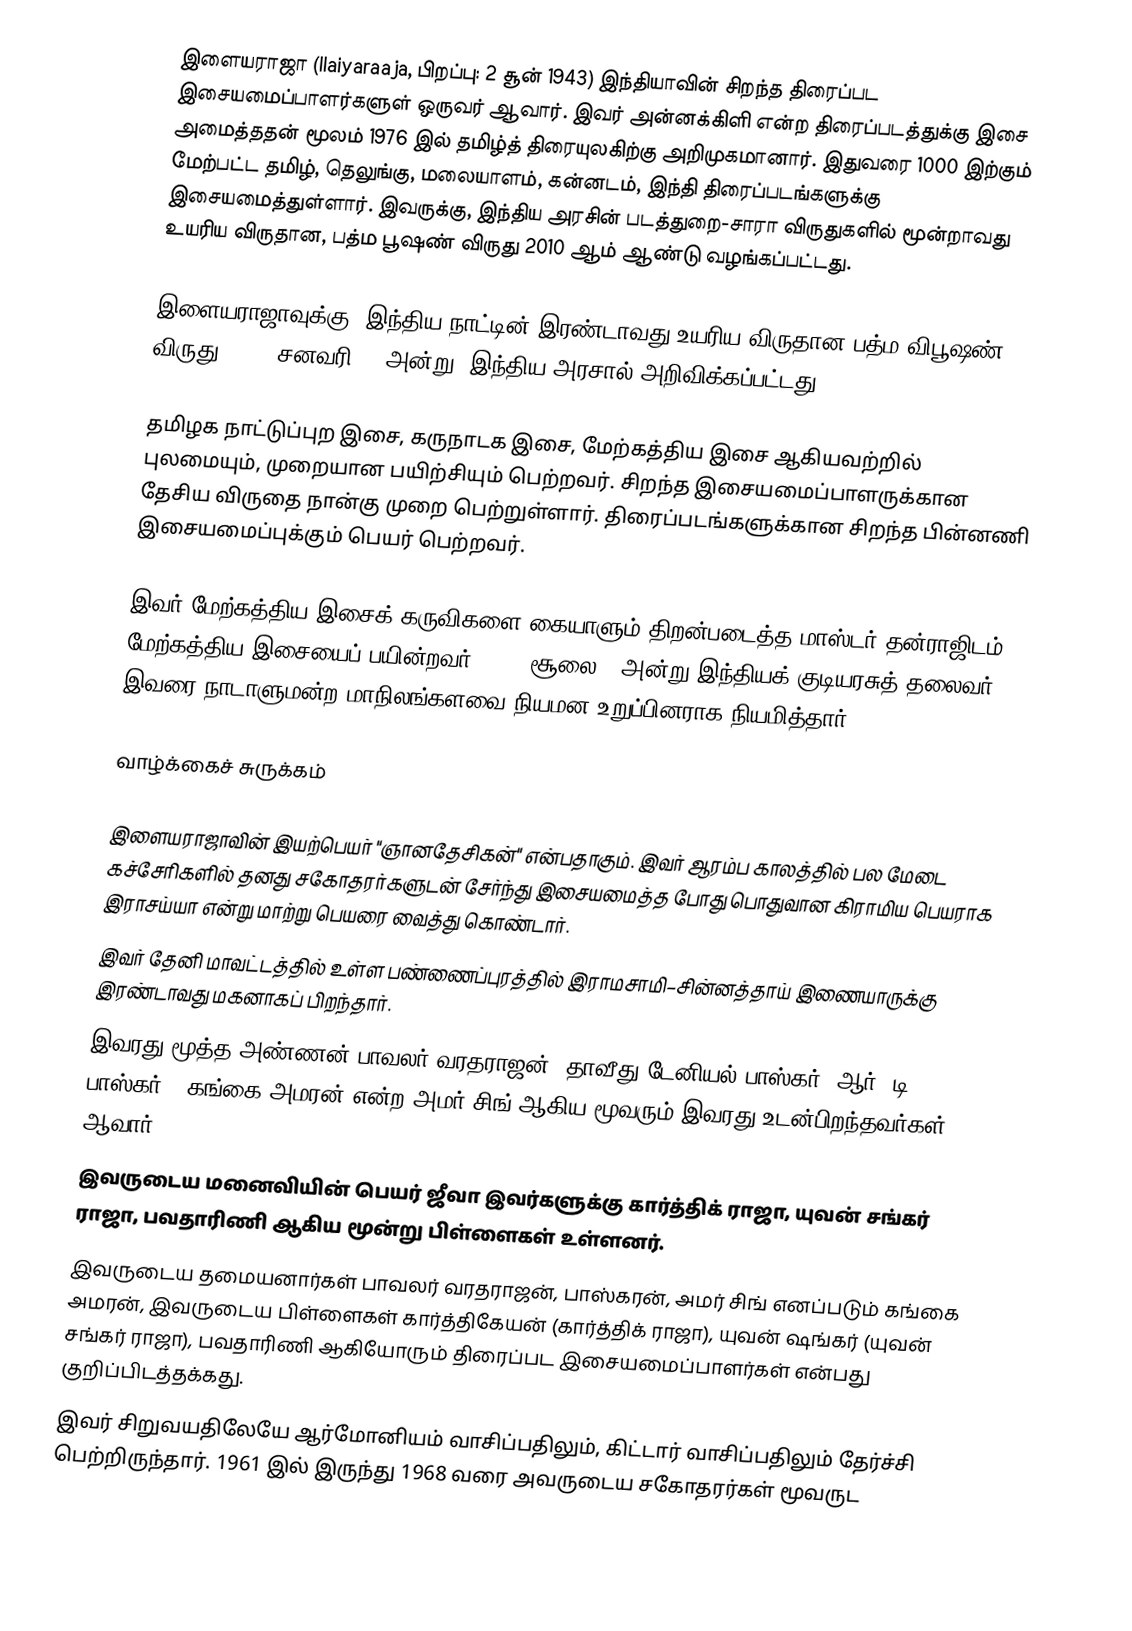
இளையராஜா (Ilaiyaraaja, பிறப்பு: 2 சூன் 1943) இந்தியாவின் சிறந்த திரைப்பட இசையமைப்பாளர்களுள் ஒருவர் ஆவார். இவர் அன்னக்கிளி என்ற திரைப்படத்துக்கு இசை அமைத்ததன் மூலம் 1976 இல் தமிழ்த் திரையுலகிற்கு அறிமுகமானார். இதுவரை 1000 இற்கும் மேற்பட்ட தமிழ், தெலுங்கு, மலையாளம், கன்னடம், இந்தி திரைப்படங்களுக்கு இசையமைத்துள்ளார். இவருக்கு, இந்திய அரசின் படத்துறை-சாரா விருதுகளில் மூன்றாவது உயரிய விருதான, பத்ம பூஷண் விருது 2010 ஆம் ஆண்டு வழங்கப்பட்டது.

இளையராஜாவுக்கு, இந்திய நாட்டின் இரண்டாவது உயரிய விருதான பத்ம விபூஷண் விருது, 2018 சனவரி 25 அன்று, இந்திய அரசால் அறிவிக்கப்பட்டது.

தமிழக நாட்டுப்புற இசை, கருநாடக இசை, மேற்கத்திய இசை ஆகியவற்றில் புலமையும், முறையான பயிற்சியும் பெற்றவர். சிறந்த இசையமைப்பாளருக்கான தேசிய விருதை நான்கு முறை பெற்றுள்ளார். திரைப்படங்களுக்கான சிறந்த பின்னணி இசையமைப்புக்கும் பெயர் பெற்றவர்.

இவர் மேற்கத்திய இசைக் கருவிகளை கையாளும் திறன்படைத்த மாஸ்டர் தன்ராஜிடம் மேற்கத்திய இசையைப் பயின்றவர். 2022 சூலை 6 அன்று இந்தியக் குடியரசுத் தலைவர் இவரை நாடாளுமன்ற மாநிலங்களவை நியமன உறுப்பினராக நியமித்தார்.

வாழ்க்கைச் சுருக்கம்

 இளையராஜாவின் இயற்பெயர் "ஞானதேசிகன்" என்பதாகும். இவர் ஆரம்ப காலத்தில் பல மேடை கச்சேரிகளில் தனது சகோதரர்களுடன் சேர்ந்து இசையமைத்த போது பொதுவான கிராமிய பெயராக இராசய்யா என்று மாற்று பெயரை வைத்து கொண்டார்.
 இவர் தேனி மாவட்டத்தில் உள்ள பண்ணைப்புரத்தில் இராமசாமி–சின்னத்தாய் இணையாருக்கு இரண்டாவது மகனாகப் பிறந்தார்.
 இவரது மூத்த அண்ணன் பாவலர் வரதராஜன், தாவீது டேனியல் பாஸ்கர் (ஆர். டி. பாஸ்கர்), கங்கை அமரன் என்ற அமர் சிங் ஆகிய மூவரும் இவரது உடன்பிறந்தவர்கள் ஆவார்.
 இவருடைய மனைவியின் பெயர் ஜீவா இவர்களுக்கு கார்த்திக் ராஜா, யுவன் சங்கர் ராஜா, பவதாரிணி ஆகிய மூன்று பிள்ளைகள் உள்ளனர்.
 இவருடைய தமையனார்கள் பாவலர் வரதராஜன், பாஸ்கரன், அமர் சிங் எனப்படும் கங்கை அமரன், இவருடைய பிள்ளைகள் கார்த்திகேயன் (கார்த்திக் ராஜா), யுவன் ஷங்கர் (யுவன் சங்கர் ராஜா), பவதாரிணி ஆகியோரும் திரைப்பட இசையமைப்பாளர்கள் என்பது குறிப்பிடத்தக்கது.
 இவர் சிறுவயதிலேயே ஆர்மோனியம் வாசிப்பதிலும், கிட்டார் வாசிப்பதிலும் தேர்ச்சி பெற்றிருந்தார். 1961 இல் இருந்து 1968 வரை அவருடைய சகோதரர்கள் மூவருட